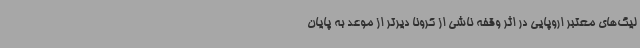
لیگ‌های معتبر اروپایی در اثر وقفه ناشی از کرونا دیرتر از موعد به پایان